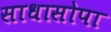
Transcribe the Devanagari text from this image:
साधासोपा